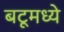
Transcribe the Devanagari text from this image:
बटूमध्ये